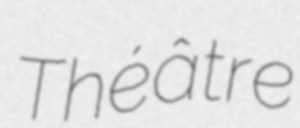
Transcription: Théâtre